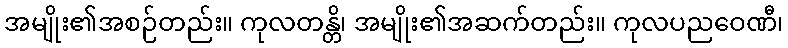
အမျိုး၏အစဉ်တည်း။ ကုလတန္တိ၊ အမျိုး၏အဆက်တည်း။ ကုလပညဝေဏီ၊